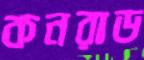
কনরাড